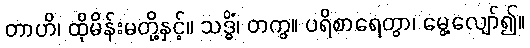
တာဟိ၊ ထိုမိန်းမတို့နှင့်။ သဒ္ဓိံ၊ တကွ။ ပရိစာရေတွာ၊ မွေ့လျော်၍။